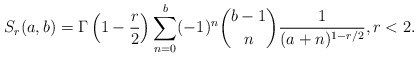
\begin{align*}S_r(a,b)=\Gamma\left(1-\frac{r}{2}\right)\sum_{n=0}^b (-1)^n\binom{b-1}{n} \frac{1}{(a+n)^{1-r/2}},r<2.\end{align*}